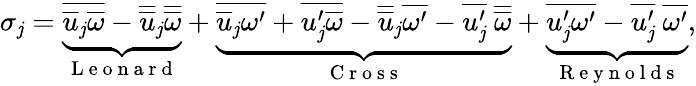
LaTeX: \sigma_{\mathit{j}}=\underbrace{{\overline{{{\overline{{{u}}}_{\mathit{j}}\overline{{{\omega}}}}}}-\overline{{{\overline{{{u}}}}}}_{\mathit{j}}\overline{{{\overline{{{\omega}}}}}}}}_{\mathrm{{~L~e~o~n~a~r~d~}}}+\underbrace{{\overline{{{\overline{{{u}}}_{\mathit{j}}\omega^{\prime}}}}+\overline{{{u_{\mathit{j}}^{\prime}\overline{{{\omega}}}}}}-\overline{{{\overline{{{u}}}}}}_{\mathit{j}}\overline{{{\omega^{\prime}}}}-\overline{{{u_{\mathit{j}}^{\prime}}}}~\overline{{{\overline{{{\omega}}}}}}}}_{\mathrm{{~C~r~o~s~s~}}}+\underbrace{{\overline{{{u_{\mathit{j}}^{\prime}\omega^{\prime}}}}-\overline{{{u_{\mathit{j}}^{\prime}}}}~\overline{{{\omega^{\prime}}}}}}_{\mathrm{{~R~e~y~n~o~l~d~s~}}},